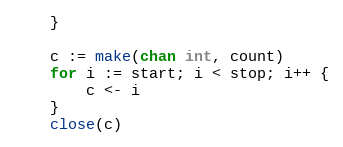
Language: Go
	}

	c := make(chan int, count)
	for i := start; i < stop; i++ {
		c <- i
	}
	close(c)